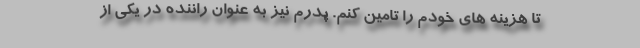
تا هزینه های خودم را تامین کنم. پدرم نیز به عنوان راننده در یکی از